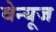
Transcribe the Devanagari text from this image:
वेन्यूज